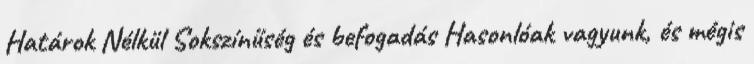
Határok Nélkül Sokszínűség és befogadás Hasonlóak vagyunk, és mégis